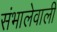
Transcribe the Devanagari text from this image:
संभालेवाली